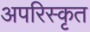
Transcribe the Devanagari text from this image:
अपरिस्कृत